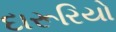
દારૂરિયો